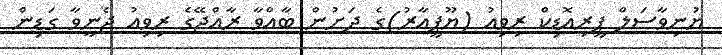
ޔުނިވާސަލް ޕީރިއޮޑިކް ރިވިއު (ޔޫޕީއާރު)ގެ ދަށުން ބާއްވާ ރާއްޖޭގެ ރިވިއު ޖެނީވާ ގަޑިން